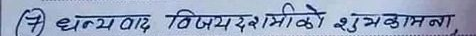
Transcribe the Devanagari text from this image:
(१) धन्यवाद विजयदशमीको शुभकामना